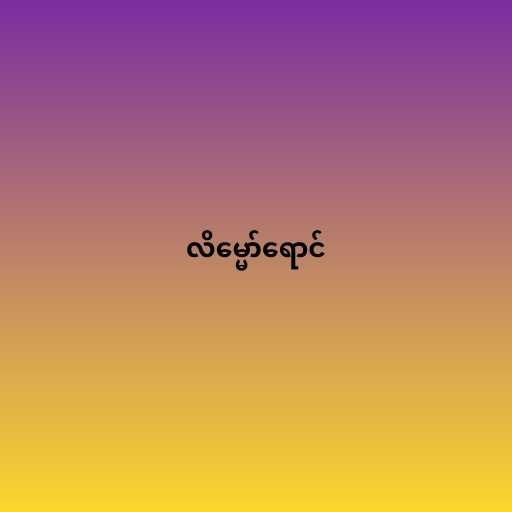
လိမ္မော်ရောင်